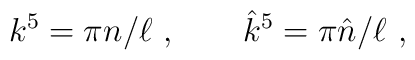
k^5 = \pi n/\ell\ ,\qquad {\hat k}^5 = \pi \hat n/\ell\ ,